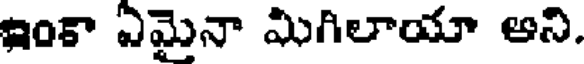
ఇంకా ఏమైనా మిగిలాయా అని.